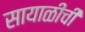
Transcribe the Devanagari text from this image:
सायाळीची